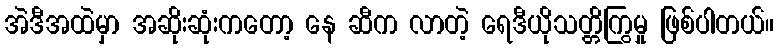
အဲဒီအထဲမှာ အဆိုးဆုံးကတော့ နေ ဆီက လာတဲ့ ရေဒီယိုသတ္တိကြွမှု ဖြစ်ပါတယ်။